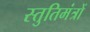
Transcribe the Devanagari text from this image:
स्तुतिमंत्रों